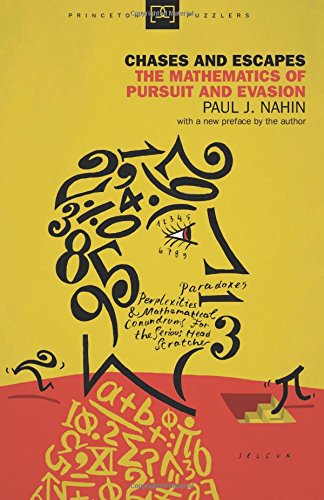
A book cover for Chases and Escapes: The Mathematics of Pursuit and Evasion (Princeton Puzzlers); Paul J. Nahin; Science & Math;